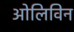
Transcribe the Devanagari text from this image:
ओलिविन